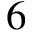
6